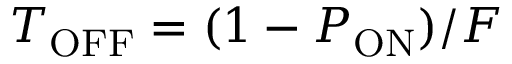
T _ { \mathrm { O F F } } = ( 1 - P _ { \mathrm { O N } } ) / F